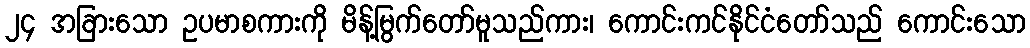
၂၄ အခြားသော ဥပမာစကားကို မိန့်မြွက်တော်မူသည်ကား၊ ကောင်းကင်နိုင်ငံတော်သည် ကောင်းသော